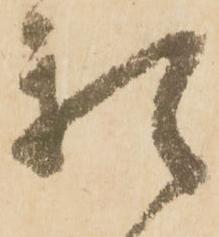
頼